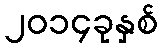
၂၀၁၄ခုနှစ်